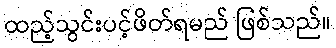
ထည့်သွင်းပင့်ဖိတ်ရမည် ဖြစ်သည်။